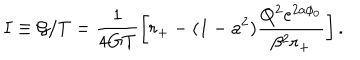
LaTeX: I \equiv { \cal G } / T = \frac { 1 } { 4 G T } \left[ r _ { + } - ( 1 - a ^ { 2 } ) \frac { Q ^ { 2 } e ^ { 2 a \phi _ { 0 } } } { \beta ^ { 2 } r _ { + } } \right] .